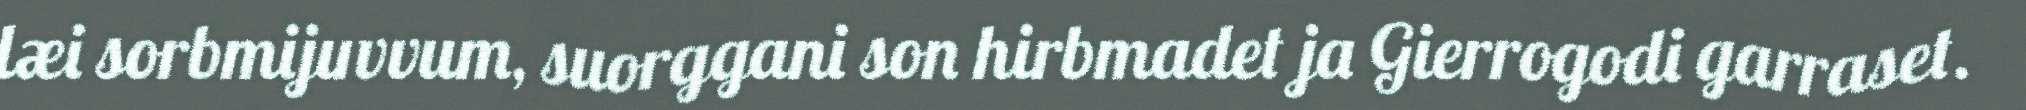
læi sorbmijuvvum, suorggani son hirbmadet ja Gierrogodi garraset.